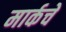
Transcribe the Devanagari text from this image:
मार्कचे